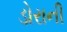
ડોરાની